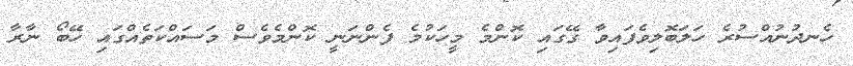
ހެނދުނުއްސުރެ ހަލަބޮލިވެފައިވާ ގޭގައި ކޮންމެ މީހަކުމެ ފެންނަނީ ކޮންމެވެސް މަސައްކަތެއްގައި ހޭބޯ ނާރާ